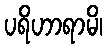
ပရိဟာရာမိ၊